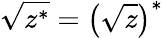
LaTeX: {\sqrt{z^{*}}}=\left({\sqrt{z}}\right)^{*}